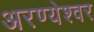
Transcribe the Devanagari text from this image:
अरण्येश्वर